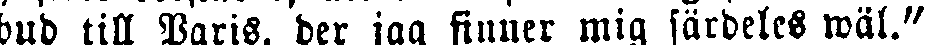
bud till Paris, der jag finner mig särdeles wäl."